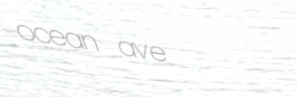
ocean ave